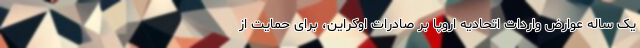
یک ساله عوارض واردات اتحادیه اروپا بر صادرات اوکراین، برای حمایت از